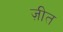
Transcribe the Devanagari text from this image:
ज़ीत